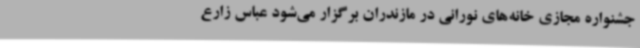
جشنواره مجازی خانه‌های نورانی در مازندران برگزار می‌شود عباس زارع